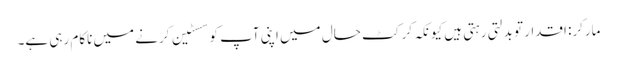
مارکر: اقدار تو بدلتی رہتی ہیں کیونکہ کرکٹ حال میں اپنی آپ کو سسٹین کرنے میں ناکام رہی ہے۔